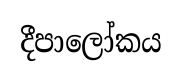
දීපාලෝකය